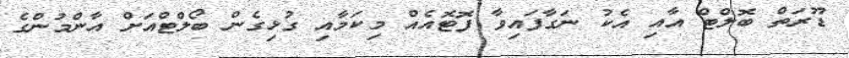
ޑޫރަތް ބޮލްޓް އާއި އެކު ނަގާފައިވާ ފޮޓޮއެއް މިކަމާއި ގުޅިގެން ބޯލްޓްއަށް އާންމުންގެ